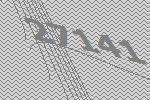
27141